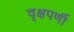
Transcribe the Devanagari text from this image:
वृक्षपर्णी